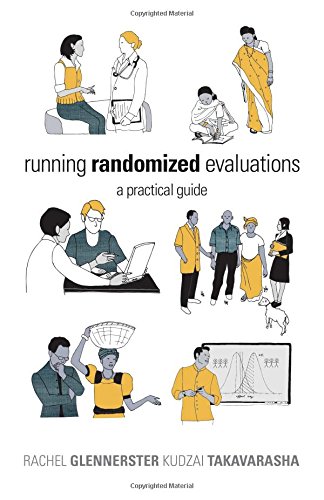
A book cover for Running Randomized Evaluations: A Practical Guide; Rachel Glennerster; Business & Money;